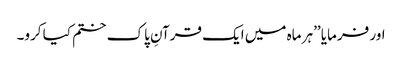
اور فرمایا ’’ہر ماہ میں ایک قرآنِ پاک ختم کیا کرو۔